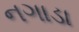
નગાડા